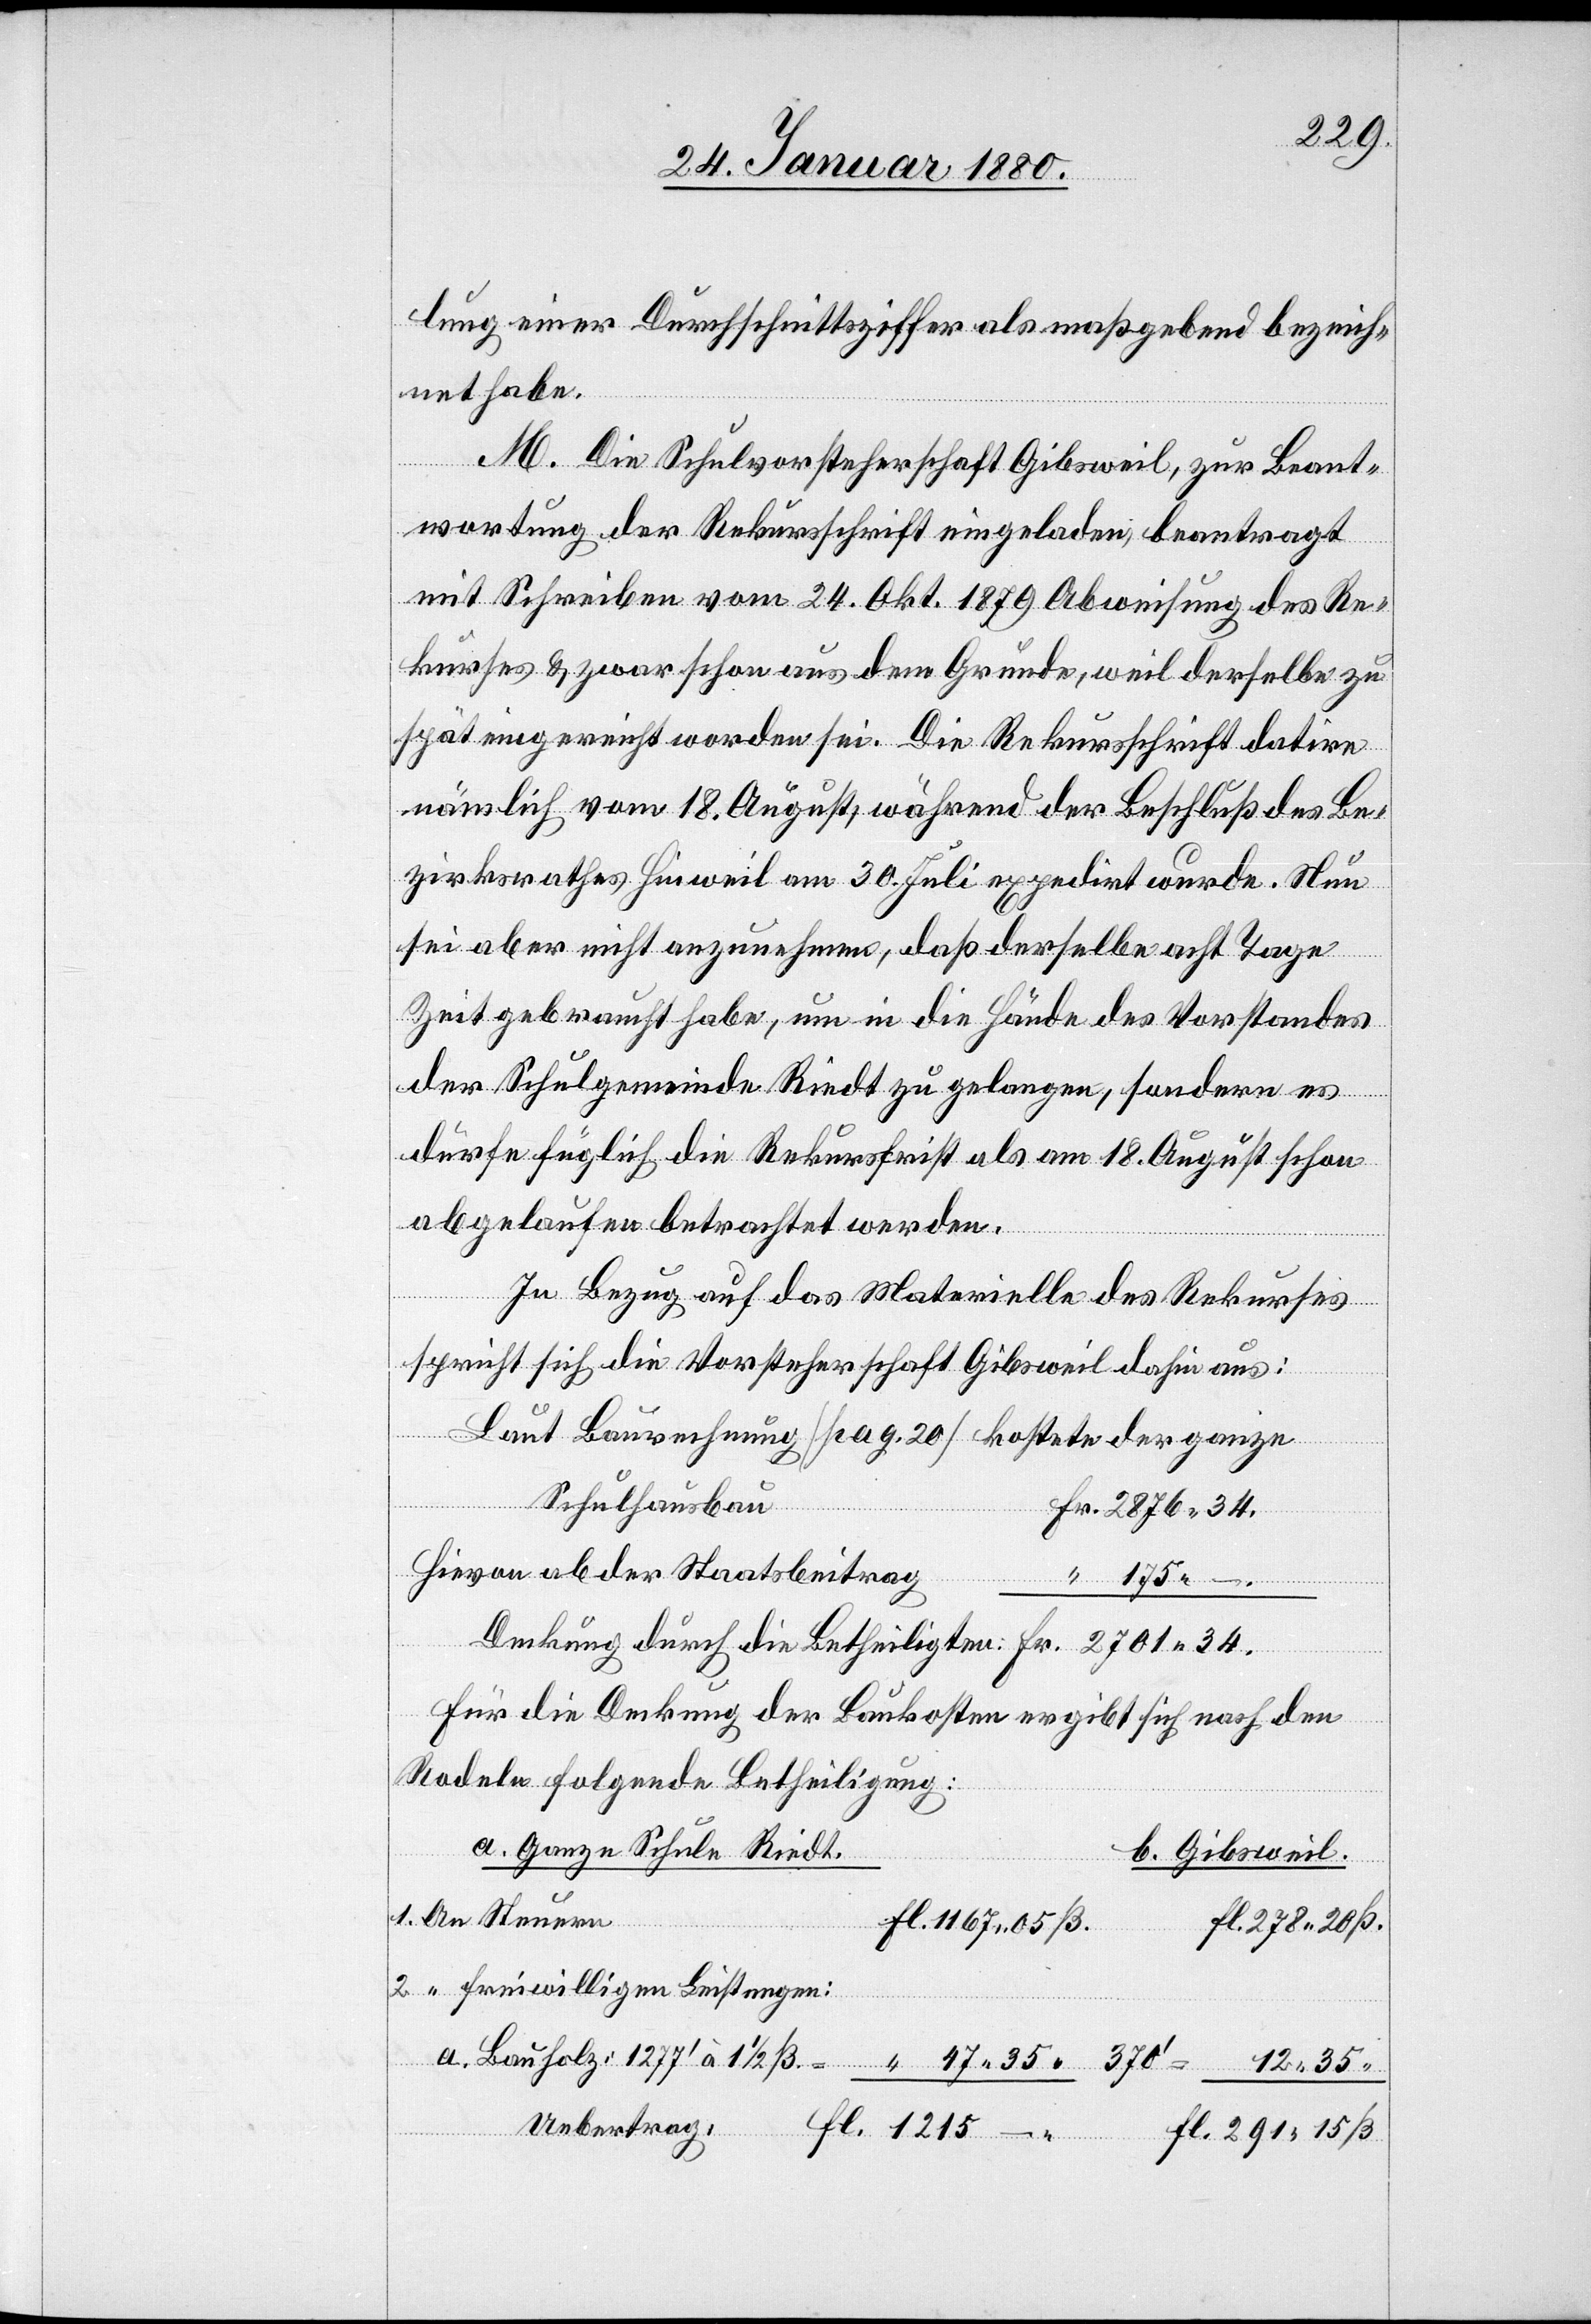
291.
lung einer Durchschnittsziffer als maßgebend bezeich¬
net habe.
M. Die Schulvorsteherschaft Gibsweil, zur Beant¬
wortung der Rekursschrift eingeladen, beantragt
ß.
mit Schreiben vom 24. Okt. 1879 Abweisung des Re¬
kurses & zwar schon aus dem Grunde, weil derselbe zu
spät eingereicht worden sei. Die Rekursschrift datire
nämlich vom 18. August, während der Beschluß des Be¬
zirksrathes Hinweil am 30. Juli expedirt wurde. Nun
sei aber nicht anzunehmen, daß derselbe acht Tage
Zeit gebraucht habe, um in die Hände des Vorstandes
der Schulgemeinde Riedt zu gelangen, sondern es
fl.
dürfe füglich die Rekursfrist als am 18. August schon
abgelaufen betrachtet werden.
In Bezug auf das Materielle des Rekurses
spricht sich die Vorsteherschaft Gibsweil dahin aus:
Laut Baurechnung [pag. 20] kostete der ganze
Schulhausbau
Hievon ab der Staatsbeitrag
für die Deckung der Baukosten ergibt sich nach den
Rodeln folgende Betheiligung:
a. Ganze Schule Riedt.
b. Gibsweil.
freiwilligen Leistungen: